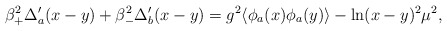
\begin{align*}\beta_+^2\Delta_a'(x-y) + \beta_-^2\Delta_b'(x-y) = g^2\langle\phi_a(x)\phi_a(y)\rangle-\ln (x-y)^2\mu^2,\end{align*}